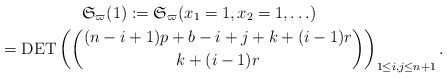
\begin{gather*}\mathfrak{S}_{\varpi}(1):= \mathfrak{S}_{\varpi}(x_1=1,x_2=1,\ldots) \\\hphantom{\mathfrak{S}_{\varpi}(1)}{} =\operatorname{DET} \left( {(n-i+1)p+b-i+j+k+(i-1)r \choose k+ (i-1)r} \right) _{1 \le i,j \le n+1}.\end{gather*}